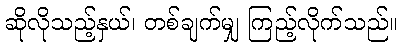
ဆိုလိုသည့်နှယ်၊ တစ်ချက်မျှ ကြည့်လိုက်သည်။